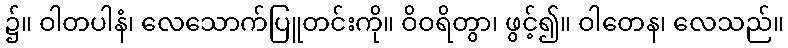
၌။ ဝါတပါနံ၊ လေသောက်ပြူတင်းကို။ ဝိဝရိတွာ၊ ဖွင့်၍။ ဝါတေန၊ လေသည်။